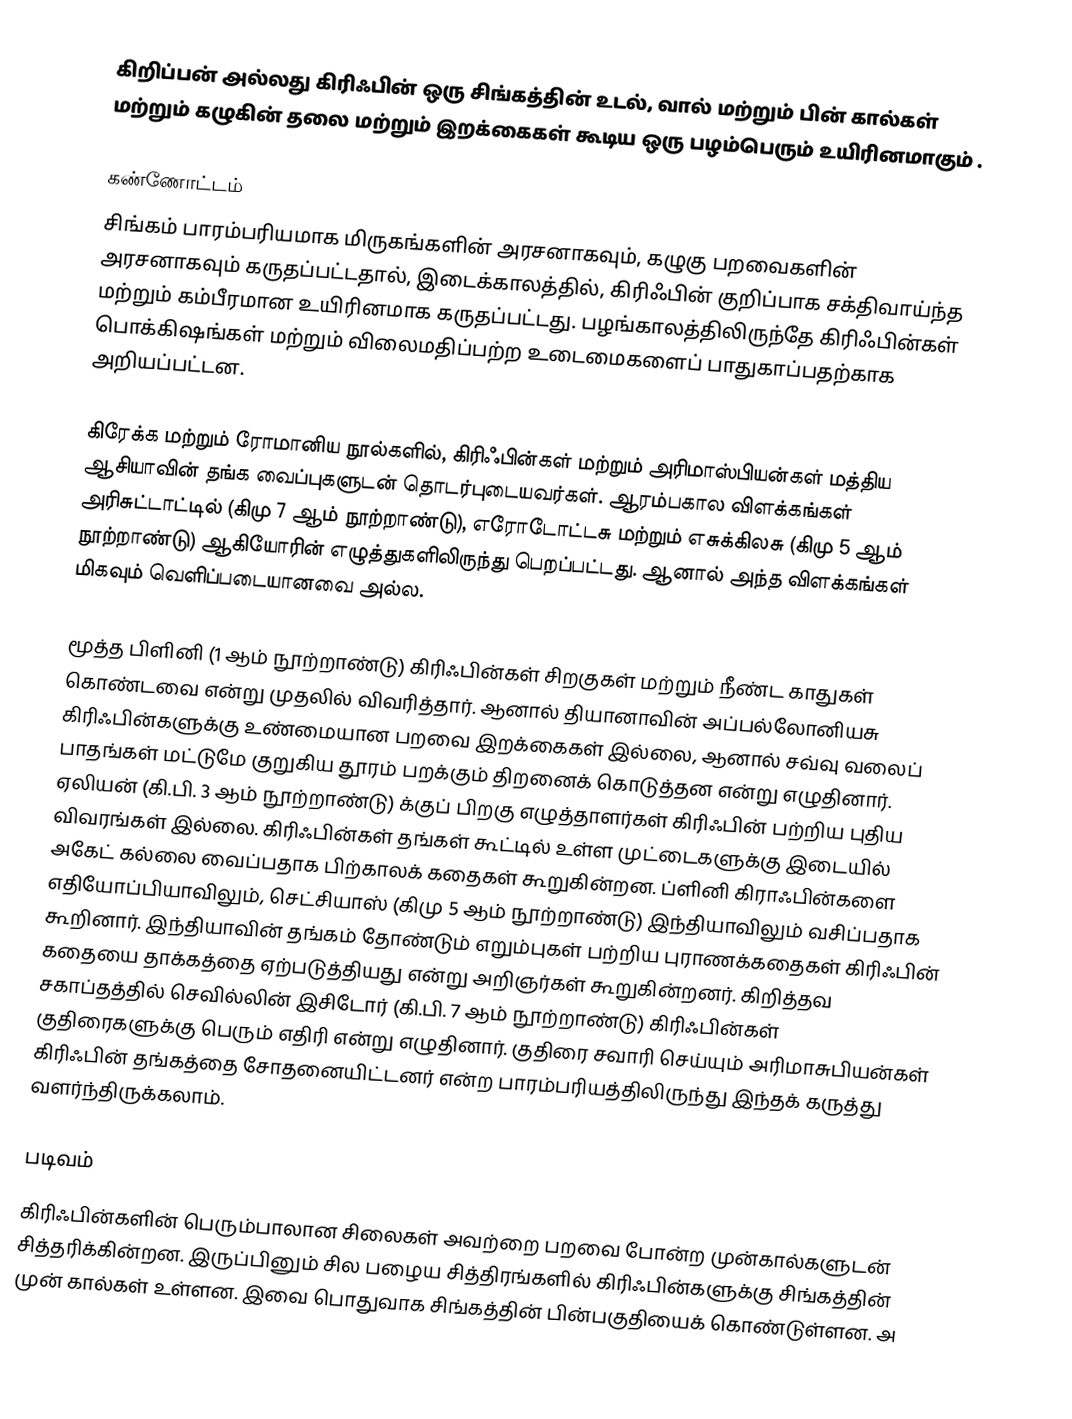
கிறிப்பன் அல்லது கிரிஃபின் ஒரு சிங்கத்தின் உடல், வால் மற்றும் பின் கால்கள் மற்றும் கழுகின் தலை மற்றும் இறக்கைகள் கூடிய ஒரு பழம்பெரும் உயிரினமாகும் .

கண்ணோட்டம்
சிங்கம் பாரம்பரியமாக மிருகங்களின் அரசனாகவும், கழுகு பறவைகளின் அரசனாகவும் கருதப்பட்டதால், இடைக்காலத்தில், கிரிஃபின் குறிப்பாக சக்திவாய்ந்த மற்றும் கம்பீரமான உயிரினமாக கருதப்பட்டது. பழங்காலத்திலிருந்தே கிரிஃபின்கள் பொக்கிஷங்கள் மற்றும் விலைமதிப்பற்ற உடைமைகளைப் பாதுகாப்பதற்காக அறியப்பட்டன.

கிரேக்க மற்றும் ரோமானிய நூல்களில், கிரிஃபின்கள் மற்றும் அரிமாஸ்பியன்கள் மத்திய ஆசியாவின் தங்க வைப்புகளுடன் தொடர்புடையவர்கள். ஆரம்பகால விளக்கங்கள் அரிசுட்டாட்டில் (கிமு 7 ஆம் நூற்றாண்டு), எரோடோட்டசு மற்றும் எசுக்கிலசு (கிமு 5 ஆம் நூற்றாண்டு) ஆகியோரின் எழுத்துகளிலிருந்து பெறப்பட்டது. ஆனால் அந்த விளக்கங்கள் மிகவும் வெளிப்படையானவை அல்ல.

மூத்த பிளினி (1 ஆம் நூற்றாண்டு) கிரிஃபின்கள் சிறகுகள் மற்றும் நீண்ட காதுகள் கொண்டவை என்று முதலில் விவரித்தார். ஆனால் தியானாவின் அப்பல்லோனியசு கிரிஃபின்களுக்கு உண்மையான பறவை இறக்கைகள் இல்லை, ஆனால் சவ்வு வலைப் பாதங்கள் மட்டுமே குறுகிய தூரம் பறக்கும் திறனைக் கொடுத்தன என்று எழுதினார். ஏலியன் (கி.பி. 3 ஆம் நூற்றாண்டு) க்குப் பிறகு எழுத்தாளர்கள் கிரிஃபின் பற்றிய புதிய விவரங்கள் இல்லை. கிரிஃபின்கள் தங்கள் கூட்டில் உள்ள முட்டைகளுக்கு இடையில் அகேட் கல்லை வைப்பதாக பிற்காலக் கதைகள் கூறுகின்றன. ப்ளினி கிராஃபின்களை எதியோப்பியாவிலும், செட்சியாஸ் (கிமு 5 ஆம் நூற்றாண்டு) இந்தியாவிலும் வசிப்பதாக கூறினார். இந்தியாவின் தங்கம் தோண்டும் எறும்புகள் பற்றிய புராணக்கதைகள் கிரிஃபின் கதையை தாக்கத்தை ஏற்படுத்தியது என்று அறிஞர்கள் கூறுகின்றனர். கிறித்தவ சகாப்தத்தில் செவில்லின் இசிடோர் (கி.பி. 7 ஆம் நூற்றாண்டு) கிரிஃபின்கள் குதிரைகளுக்கு பெரும் எதிரி என்று எழுதினார். குதிரை சவாரி செய்யும் அரிமாசுபியன்கள் கிரிஃபின் தங்கத்தை சோதனையிட்டனர் என்ற பாரம்பரியத்திலிருந்து இந்தக் கருத்து வளர்ந்திருக்கலாம்.

படிவம்
கிரிஃபின்களின் பெரும்பாலான சிலைகள் அவற்றை பறவை போன்ற முன்கால்களுடன் சித்தரிக்கின்றன. இருப்பினும் சில பழைய சித்திரங்களில் கிரிஃபின்களுக்கு சிங்கத்தின் முன் கால்கள் உள்ளன. இவை பொதுவாக சிங்கத்தின் பின்பகுதியைக் கொண்டுள்ளன. அ